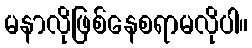
မနာလိုဖြစ်နေစရာမလိုပါ။